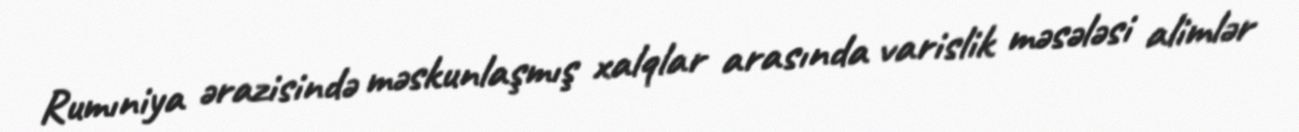
Rumıniya ərazisində məskunlaşmış xalqlar arasında varislik məsələsi alimlər